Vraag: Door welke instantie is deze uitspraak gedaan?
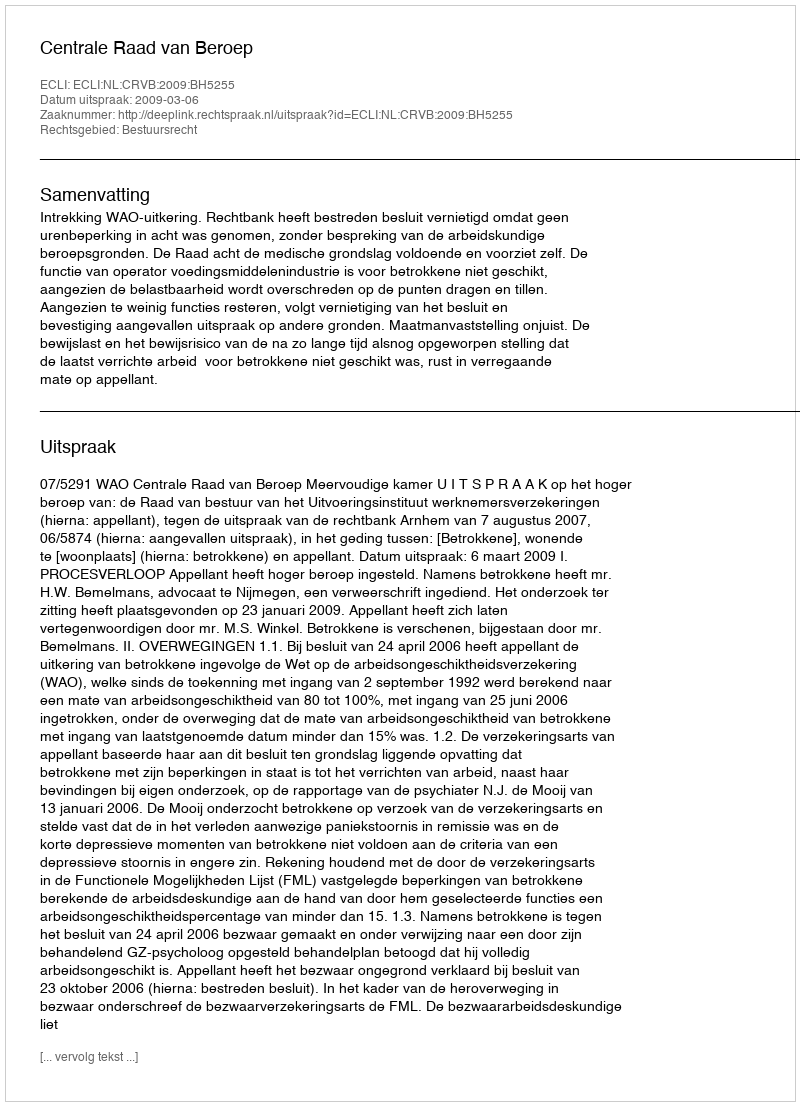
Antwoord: Centrale Raad van Beroep